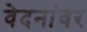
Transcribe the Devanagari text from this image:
वेदनांवर